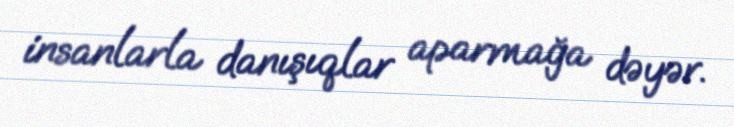
insanlarla danışıqlar aparmağa dəyər.